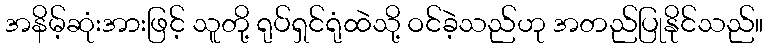
အနိမ့်ဆုံးအားဖြင့် သူတို့ ရုပ်ရှင်ရုံထဲသို့ ဝင်ခဲ့သည်ဟု အတည်ပြုနိုင်သည်။